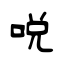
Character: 哾